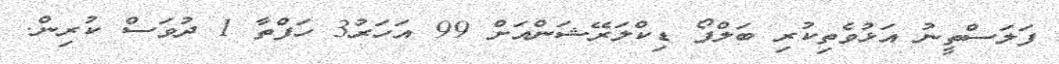
ފަލަސްތީނު އަޅުވެތިކުރި ބަލްފޯ ޑިކްލަރޭޝަންއަށް 99 އަހަރު3 ހަފްތާ 1 ދުވަސް ކުރިން.